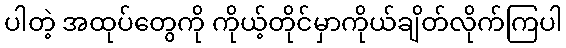
ပါတဲ့ အထုပ်တွေကို ကိုယ့်တိုင်မှာကိုယ်ချိတ်လိုက်ကြပါ